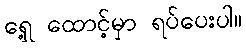
ရှေ့ ထောင့်မှာ ရပ်ပေးပါ။